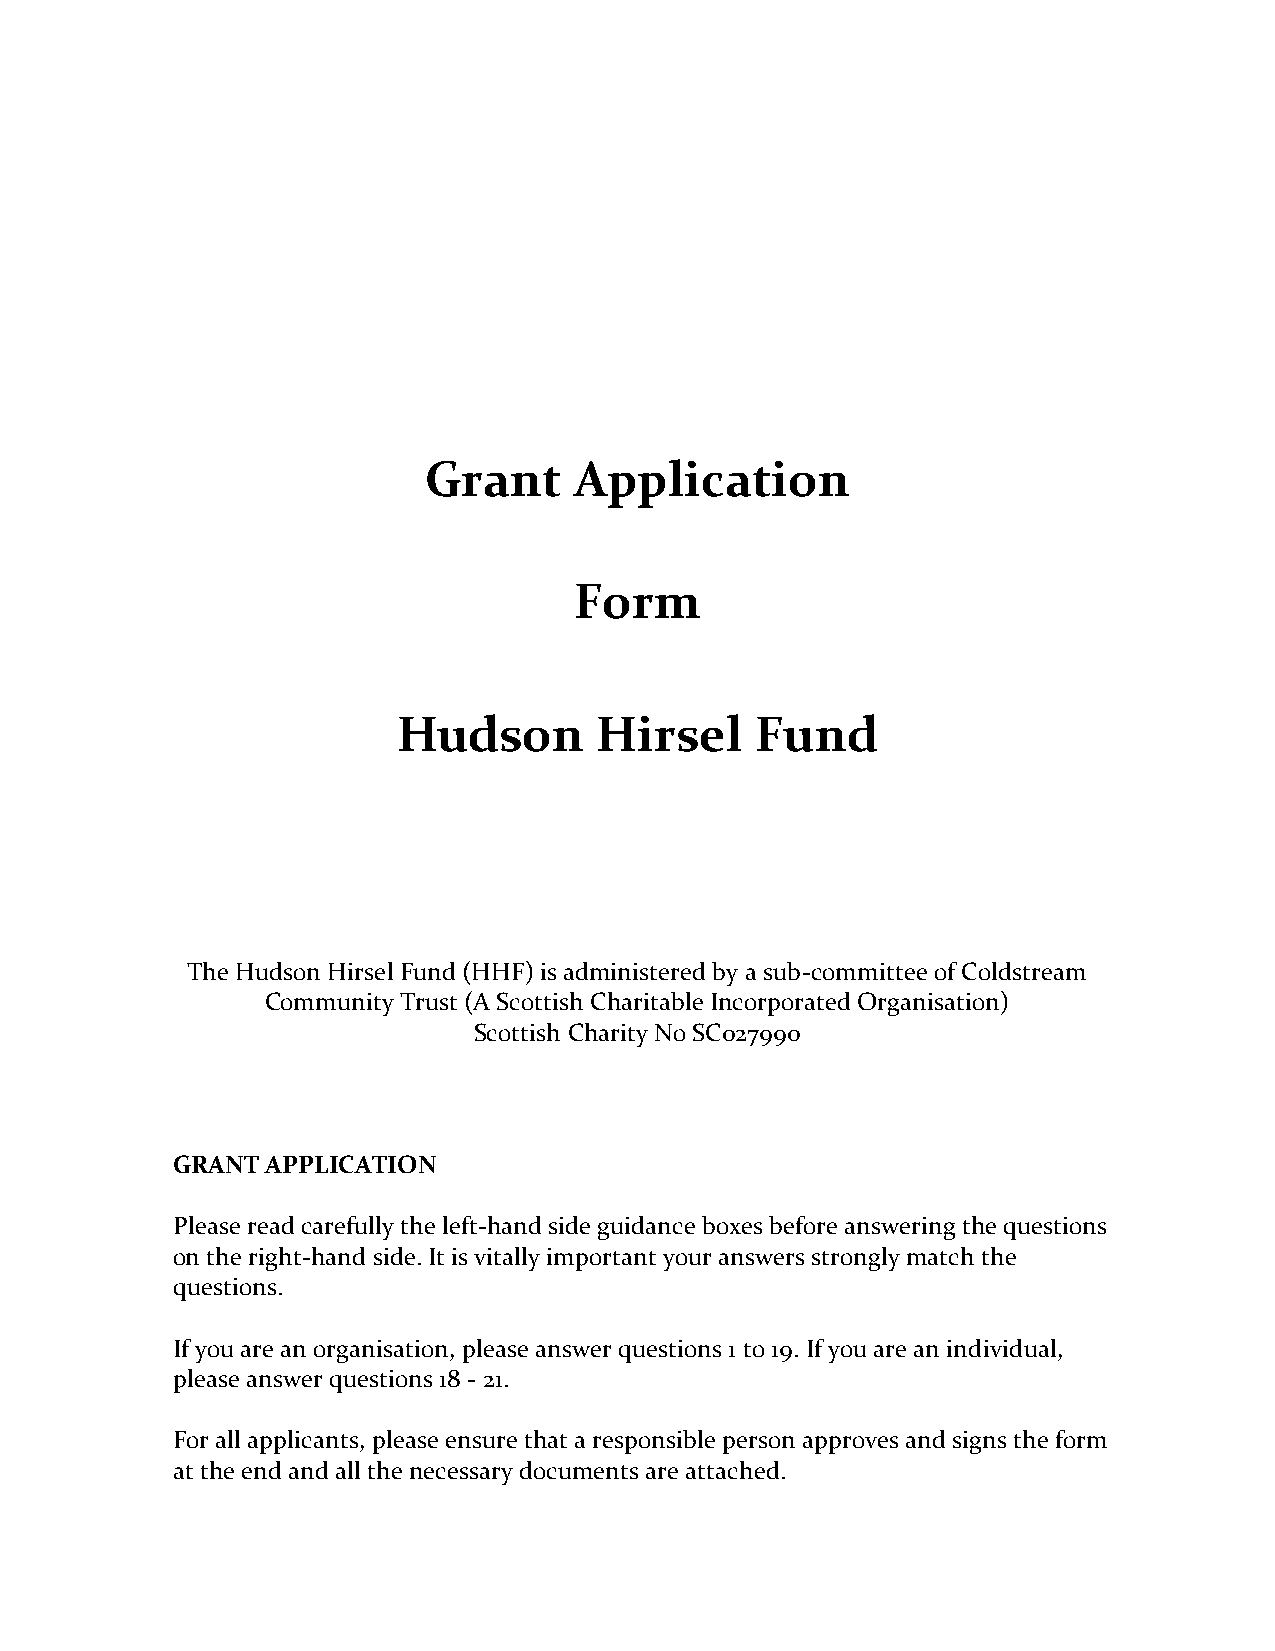
Grant     Application
 Form
 Hudson        Hirsel    Fund
 The Hudson Hirsel Fund (HHF) is administered by a sub-committee of Coldstream
 Community Trust (A Scottish Charitable Incorporated Organisation)
 Scottish Charity No SC027990
 GRANT  APPLICATION
 Please read carefully the left-hand side guidance boxes before answering the questions
 on the right-hand side. It is vitally important your answers strongly match the
 questions.
 If you are an organisation, please answer questions 1 to 19. If you are an individual,
 please answer questions 18 - 21.
 For all applicants, please ensure that a responsible person approves and signs the form
 at the end and all the necessary documents are attached.